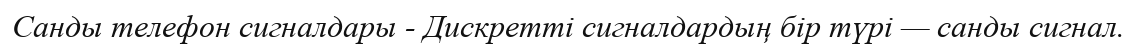
Санды телефон сигналдары - Дискретті сигналдардың бір түрі — санды сигнал.